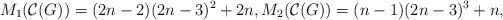
LaTeX: \begin{align*} M_{1}(\mathcal{C}(G)) =(2n-2)(2n-3)^{2}+2n, M_{2}(\mathcal{C}(G))= (n-1)(2n-3)^{3}+n, \end{align*}